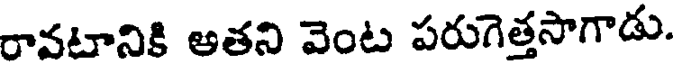
రావటానికి అతని వెంట పరుగెత్తసాగాడు.